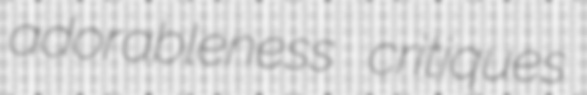
adorableness critiques